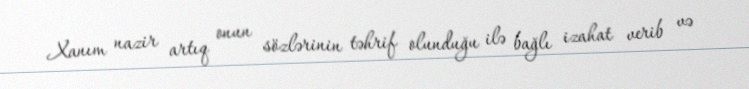
Xanım nazir artıq onun sözlərinin təhrif olunduğu ilə bağlı izahat verib və